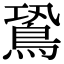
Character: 𪀛